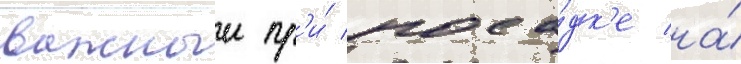
важныи пр'и́ поса́дк'е на́